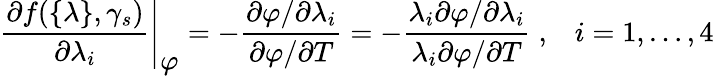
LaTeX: \left.\frac{\partial f(\{ \lambda\} ,\gamma_{s})}{\partial\lambda_{i}}\right|_{\textstyle\varphi}=-\frac{\partial\varphi/\partial\lambda_{i}}{\partial\varphi/\partial T}=-\frac{\lambda_{i}\partial\varphi/\partial\lambda_{i}}{\lambda_{i}\partial\varphi/\partial T}\; ,\; \; \; i=1,\ldots,4